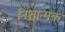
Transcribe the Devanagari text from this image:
निश्चात्मक